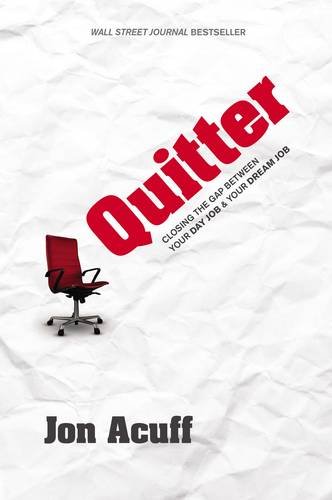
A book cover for Quitter: Closing the Gap Between Your Day Job & Your Dream Job; Jon Acuff; Business & Money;